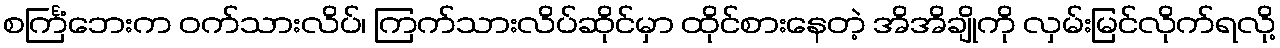
စင်္ကြံဘေးက ဝက်သားလိပ်၊ ကြက်သားလိပ်ဆိုင်မှာ ထိုင်စားနေတဲ့ အိအိချိုကို လှမ်းမြင်လိုက်ရလို့